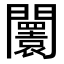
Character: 𨷤